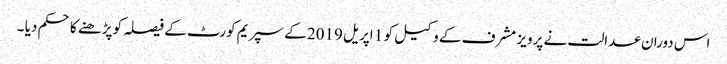
اس دوران عدالت نے پرویز مشرف کے وکیل کو 1 اپریل 2019 کے سپریم کورٹ کے فیصلہ کو پڑھنے کا حکم دیا ۔